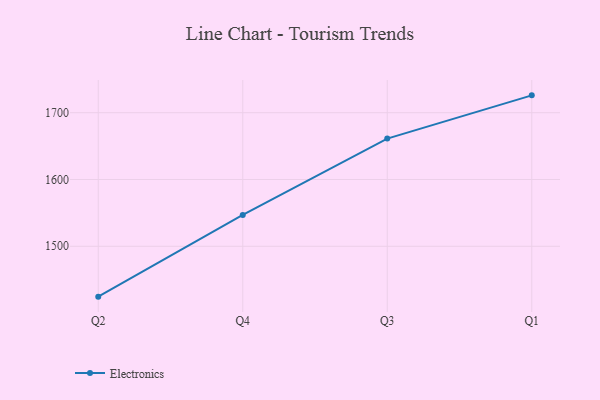
{"axis": {"x": "Quarter", "y": "Temperature (°C)"}, "legend": ["Electronics"], "data": [{"x": "Q2", "y": 1424.6, "type": "Electronics"}, {"x": "Q4", "y": 1546.9, "type": "Electronics"}, {"x": "Q3", "y": 1661.3, "type": "Electronics"}, {"x": "Q1", "y": 1726.0, "type": "Electronics"}]}